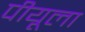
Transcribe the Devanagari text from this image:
पीयूला